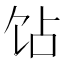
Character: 𬲫